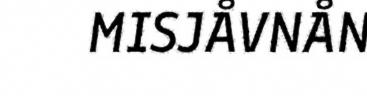
MISJÅVNÅN